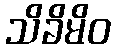
သိခိမိဝ